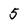
Character: 5